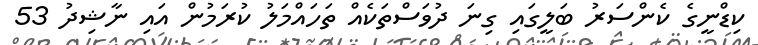
ކިޑްނީގެ ކެންސަރު ބަލީގައި ގިނަ ދުވަސްތަކެއް ތަހައްމަލު ކުރަމުން އައި ނާޝިދު 53